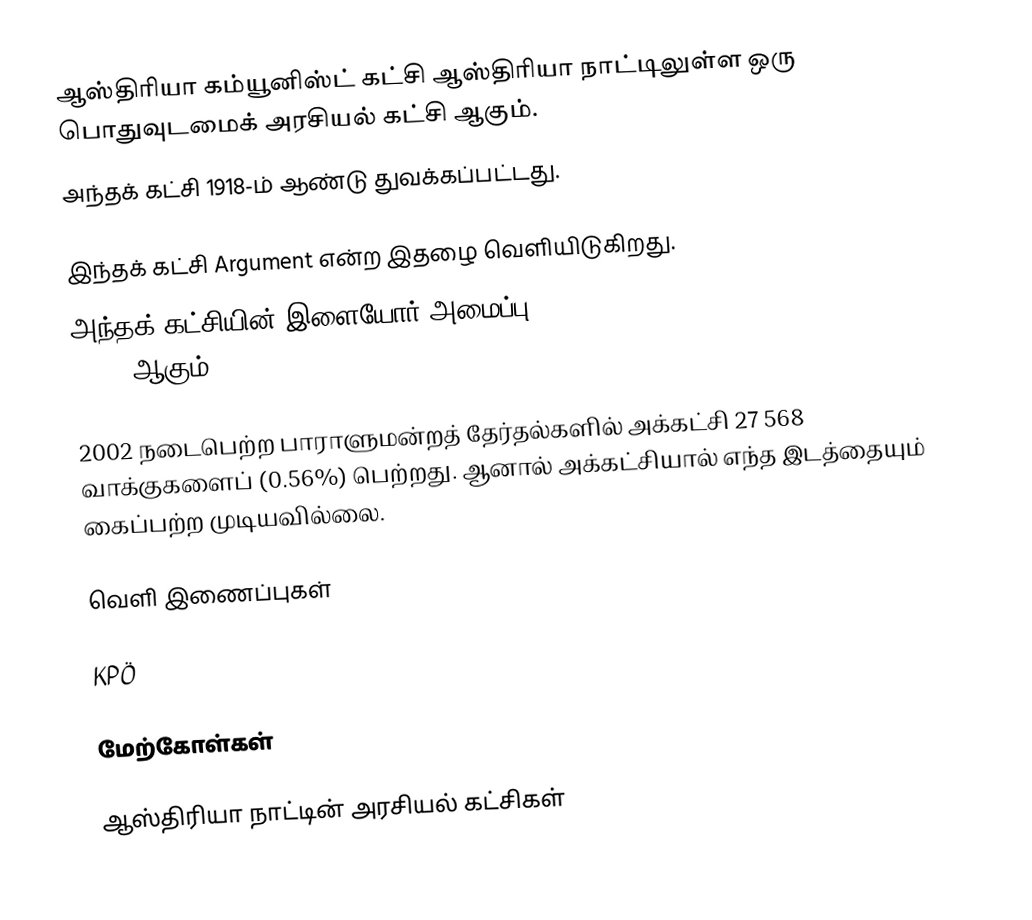
ஆஸ்திரியா கம்யூனிஸ்ட் கட்சி ஆஸ்திரியா நாட்டிலுள்ள ஒரு பொதுவுடமைக் அரசியல் கட்சி ஆகும்.
அந்தக் கட்சி 1918-ம் ஆண்டு துவக்கப்பட்டது.

இந்தக் கட்சி Argument என்ற இதழை வெளியிடுகிறது.
அந்தக் கட்சியின் இளையோர் அமைப்பு Kommunistische Jugend Österreichs - Junge Linke ஆகும்.

2002 நடைபெற்ற பாராளுமன்றத் தேர்தல்களில் அக்கட்சி 27 568 வாக்குகளைப் (0.56%) பெற்றது. ஆனால் அக்கட்சியால் எந்த இடத்தையும் கைப்பற்ற முடியவில்லை.

வெளி இணைப்புகள்

KPÖ

மேற்கோள்கள்

ஆஸ்திரியா நாட்டின் அரசியல் கட்சிகள்